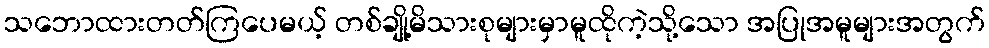
သဘောထားတတ်ကြပေမယ့် တစ်ချို့မိသားစုများမှာမူထိုကဲ့သို့သော အပြုအမူများအတွက်